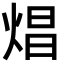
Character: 焻